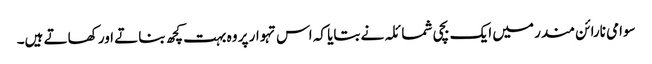
سوامی نارائن مندر میں ایک بچی شمائلہ نے بتایا کہ اس تہوار پر وہ بہت کچھ بناتے اور کھاتے ہیں۔